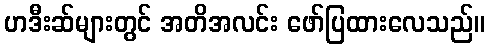
ဟဒီးဆ်များတွင် အတိအလင်း ဖော်ပြထားလေသည်။